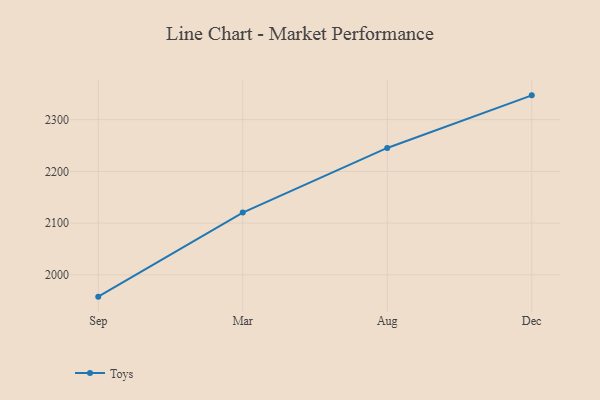
{"axis": {"x": "Month", "y": "Bounce Rate (%)"}, "legend": ["Toys"], "data": [{"x": "Sep", "y": 1957.8, "type": "Toys"}, {"x": "Mar", "y": 2120.4, "type": "Toys"}, {"x": "Aug", "y": 2245.3, "type": "Toys"}, {"x": "Dec", "y": 2347.0, "type": "Toys"}]}